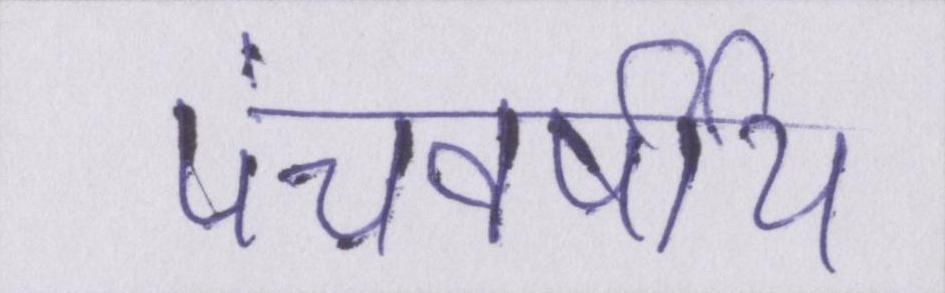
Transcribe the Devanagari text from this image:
पंचवर्षीय